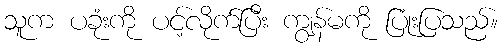
သူက ပခုံးကို ပင့်လိုက်ပြီး ကျွန်မကို ပြုံးပြသည်။